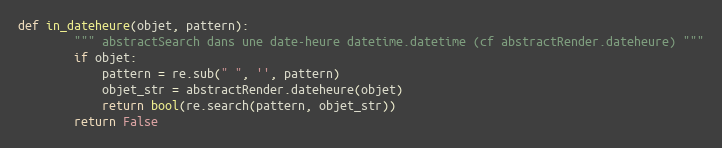
Language: Python
def in_dateheure(objet, pattern):
        """ abstractSearch dans une date-heure datetime.datetime (cf abstractRender.dateheure) """
        if objet:
            pattern = re.sub(" ", '', pattern)
            objet_str = abstractRender.dateheure(objet)
            return bool(re.search(pattern, objet_str))
        return False